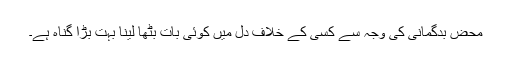
محض بدگمانی کی وجہ سے کسی کے خلاف دل میں کوئی بات بٹھا لینا بہت بڑا گناہ ہے۔